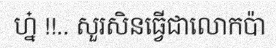
ហ្ន៎ !!.. សួរសិនធ្វើជាលោកប៉ា